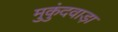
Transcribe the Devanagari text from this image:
मुकुंदवाड़ा